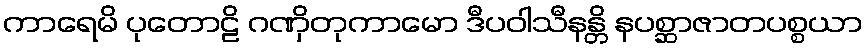
ကာရေမိ ပုတောဠိ ဂဏှိတုကာမော ဒီပဝါသီနန္တိ နပစ္ဆာဇာတပစ္စယာ